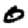
Digit: 0